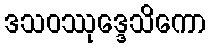
ဒသဝဿုဒ္ဒေသိကော